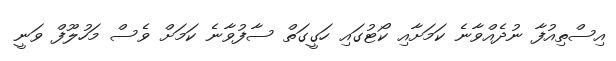
އިސްތިއުފާ ނުދެއްވާނެ ކަމަށާއި ކޯޓުގައި ހަގީގަތް ސާފުވާނެ ކަމަށް ވެސް މަހުލޫފް ވަނީ